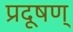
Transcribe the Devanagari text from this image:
प्रदूषण्